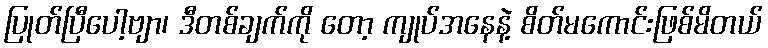
ပြုတ်ပြီပေါ့ဗျာ၊ ဒီတစ်ချက်ကို တော့ ကျုပ်အနေနဲ့ စိတ်မကောင်းဖြစ်မိတယ်